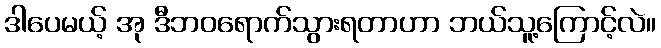
ဒါပေမယ့် အု ဒီဘဝရောက်သွားရတာဟာ ဘယ်သူ့ကြောင့်လဲ။